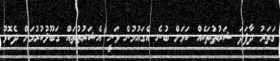
ގަތަރު ދާފަދަ ޝަރުތުތަކެއް ކަމަށް ބުނެ އެގައުމުން ވަނީ އެޝަރުތުތައް ގަބޫލުކުރުމަށް ދެކޮޅު